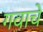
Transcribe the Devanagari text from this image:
गवाचे